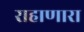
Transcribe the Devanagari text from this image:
राहाणारा